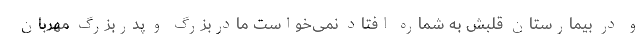
و در بیمارستان قلبش به شماره افتاد نمی‌خواست مادربزرگ و پدربزرگ مهربان